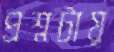
প্রশ্নটায়